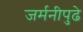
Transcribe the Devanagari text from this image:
जर्मनीपुढे